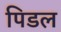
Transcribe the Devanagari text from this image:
पिडल